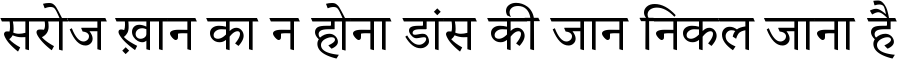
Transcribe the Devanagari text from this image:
सरोज ख़ान का न होना डांस की जान निकल जाना है